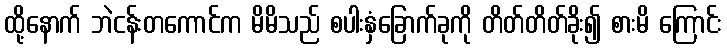
ထို့နောက် ဘဲငန်းတကောင်က မိမိသည် စပါးနှံခြောက်ခုကို တိတ်တိတ်ခိုး၍ စားမိ ကြောင်း